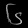
Digit: ၆